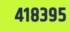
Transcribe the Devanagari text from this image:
४१८३९५